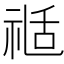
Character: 𥚇